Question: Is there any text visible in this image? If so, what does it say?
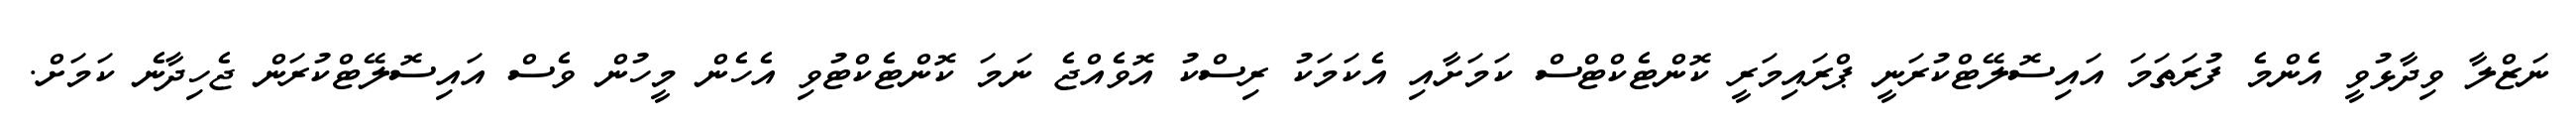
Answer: ނަޒްލާ ވިދާޅުވީ އެންމެ ފުރަތަމަ އައިސޮލޭޓްކުރަނީ ޕްރައިމަރީ ކޮންޓެކްޓްސް ކަމަށާއި އެކަމަކު ރިސްކު އޮވެއްޖެ ނަމަ ކޮންޓެކްޓުވި އެހެން މީހުން ވެސް އައިސޮލޭޓްކުރަން ޖެހިދާނެ ކަމަށް.